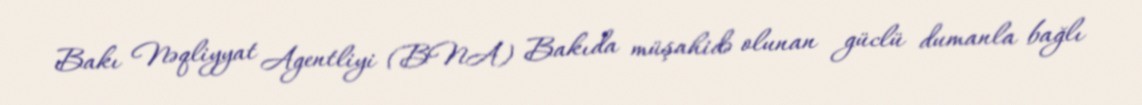
Bakı Nəqliyyat Agentliyi (BNA) Bakıda müşahidə olunan güclü dumanla bağlı